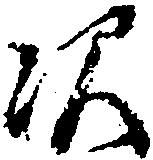
次